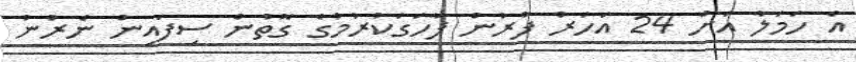
އެ ހަމަލާ އަށް 24 އަހަރު ފުރުން ފާހަގަކުރުމުގެ ގޮތުން ސިފައިން ނެރުނު